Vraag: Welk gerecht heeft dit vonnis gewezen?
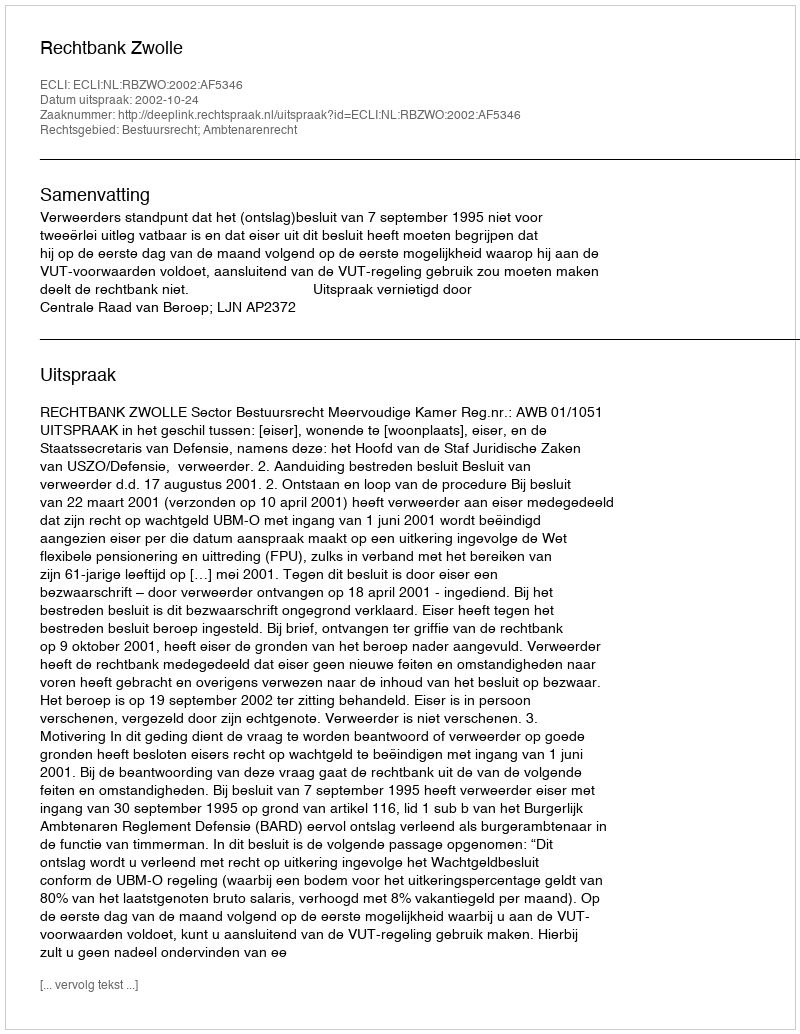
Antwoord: Rechtbank Zwolle